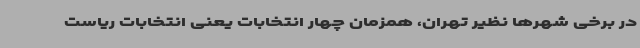
در برخی شهرها نظیر تهران، همزمان چهار انتخابات یعنی انتخابات ریاست